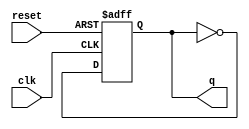
`timescale 1ns / 1ps
//////////////////////////////////////////////////////////////////////////////////
// Company: 
// Engineer: 
// 
// Design Name: 
// Module Name:    clk_div 
// Project Name: 
// Target Devices: 
// Tool versions: 
// Description: 
//
// Dependencies: 
//
// Revision: 
// Revision 0.01 - File Created
// Additional Comments: 
//
//////////////////////////////////////////////////////////////////////////////////
module sys_clk_div (q,clk,reset); //   qCLKRESET.
    output q;
    input reset;
    input clk;
    reg q;
    always @ (posedge clk or posedge reset)
    if (reset)
      q<=1'b0; // 
      else
      q<=~q; // q
endmodule